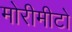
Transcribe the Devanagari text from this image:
मोरीमीटो